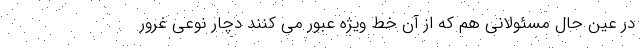
در عین حال مسئولانی هم که از آن خط ویژه عبور می کنند دچار نوعی غرور